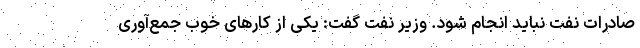
صادرات نفت نباید انجام شود. وزیر نفت گفت:‌ یکی از کارهای خوب جمع‌آوری